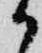
か